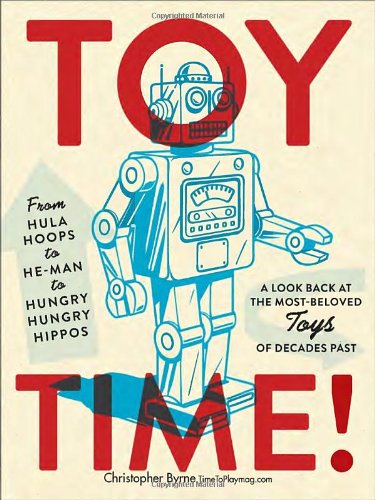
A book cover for Toy Time!: From Hula Hoops to He-Man to Hungry Hungry Hippos: A Look Back at the Most- Beloved Toys of Decades Past; Christopher Byrne; Crafts, Hobbies & Home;